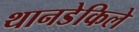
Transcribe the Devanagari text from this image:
थानडेकिले